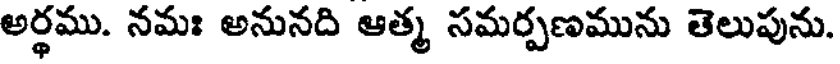
అర్థము. నమః అనునది ఆత్మ సమర్పణమును తెలుపును.